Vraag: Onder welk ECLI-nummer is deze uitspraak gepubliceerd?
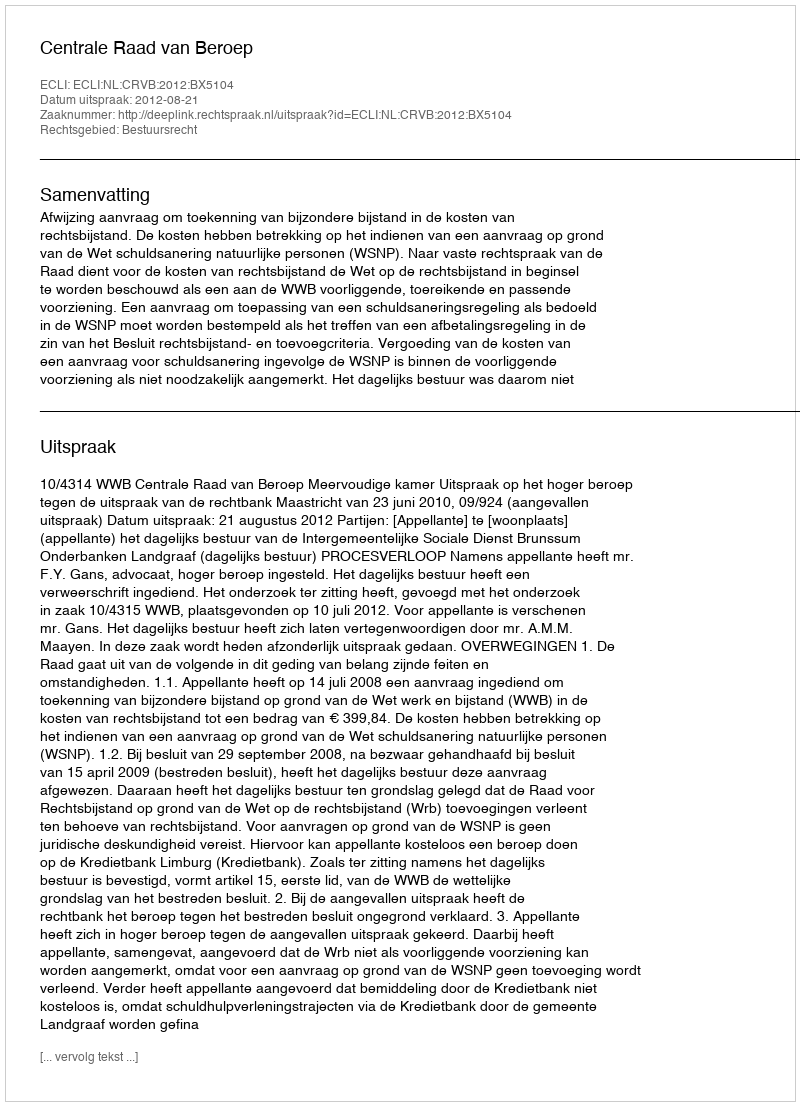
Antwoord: ECLI:NL:CRVB:2012:BX5104